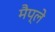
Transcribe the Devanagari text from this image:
मैप्ले